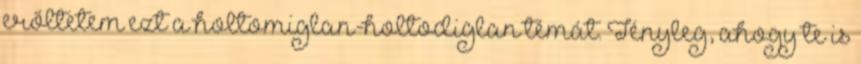
erőltetem ezt a holtomiglan-holtodiglan témát. Tényleg, ahogy te is